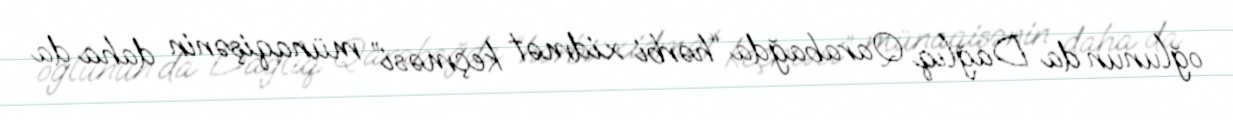
oğlunun da Dağlıq Qarabağda “hərbi xidmət keçməsi” münaqişənin daha da